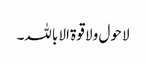
لا حول ولا قوۃ الا باللہ۔